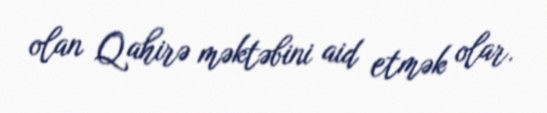
olan Qahirə məktəbini aid etmək olar.